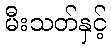
မီးသတ်နှင့်